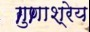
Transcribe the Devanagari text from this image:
गुणाश्रेय